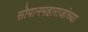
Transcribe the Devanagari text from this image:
सोपानमहाराजांच्या